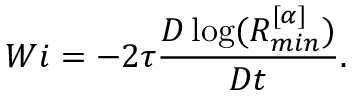
W i = - 2 \tau \frac { D \log ( R _ { m i n } ^ { [ \alpha ] } ) } { D t } .